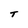
Character: T